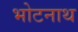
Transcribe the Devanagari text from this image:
भोटनाथ